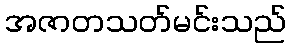
အဇာတသတ်မင်းသည်